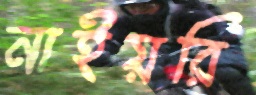
নাইয়রি